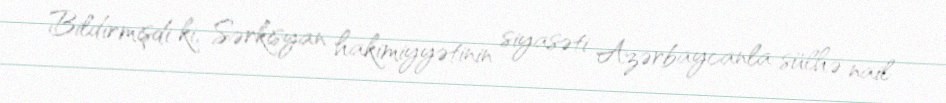
Bildirmişdi ki, Sərkisyan hakimiyyətinin siyasəti Azərbaycanla sülhə nail